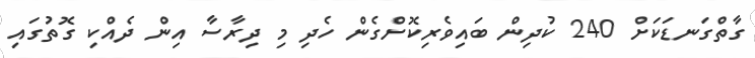
ގާތްގަނޑަކަށް 240 ކުދިން ބައިވެރިކޮށްގެން ހެދި މި ދިރާސާ އިން ދެއްކި ގޮތުގައި